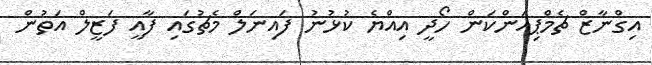
އިގްނާޒް ޗެމްޕިއަންކަން ހޯދީ އިއްޔެ ކުޅުނު ފައިނަލް މެޗުގައި ފާއީ ފަޒީލް އަތުން